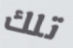
تلك